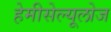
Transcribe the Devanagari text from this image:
हेमीसेल्यूलोज